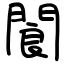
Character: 閬